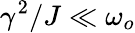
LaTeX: \gamma^{2}/J\ll\omega_{o}